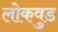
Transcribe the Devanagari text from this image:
लोकवुड